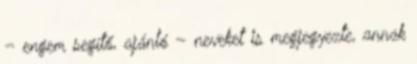
– engem segítő, ajánló – neveket is megjegyezte, annak